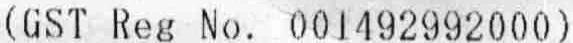
(GST REG NO. 001492992000)